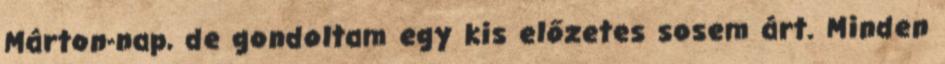
Márton-nap, de gondoltam egy kis előzetes sosem árt. Minden